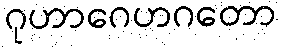
ဂုဟာဂေဟဂတော